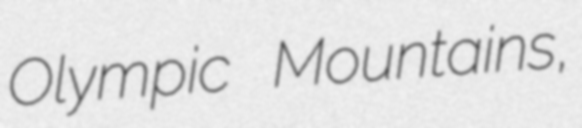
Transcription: Olympic Mountains,